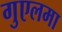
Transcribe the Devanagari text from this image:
गुएलमा